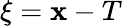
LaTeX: \xi=\mathbf{x}-T